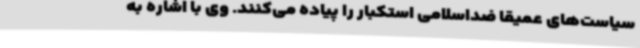
سیاست‌های عمیقا ضداسلامی استکبار را پیاده می‌کنند. وی با اشاره به